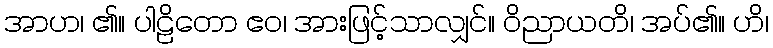
အာဟ၊ ၏။ ပါဠိတော ဧဝ၊ အားဖြင့်သာလျှင်။ ဝိညာယတိ၊ အပ်၏။ ဟိ၊